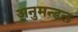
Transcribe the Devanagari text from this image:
अनुमन्डल